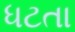
ધટતા